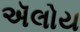
ઍલોય